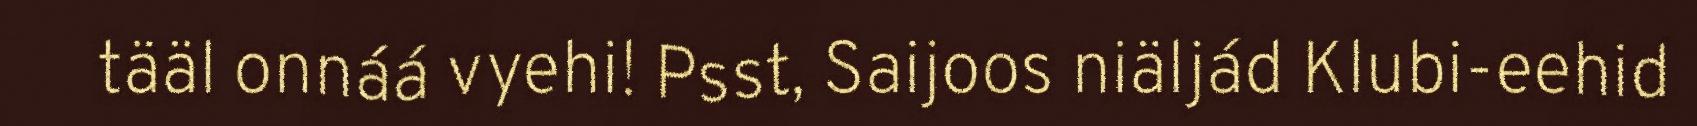
tääl onnáá vyehi! Psst, Saijoos niäljád Klubi-eehid